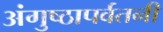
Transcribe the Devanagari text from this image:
अंगुष्ठापर्वतनी